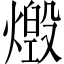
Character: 燬